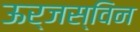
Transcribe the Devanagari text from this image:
ऊर्जस्विन